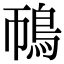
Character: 鳾